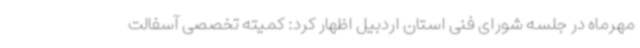
مهرماه در جلسه شورای فنی استان اردبیل اظهار کرد: کمیته تخصصی آسفالت